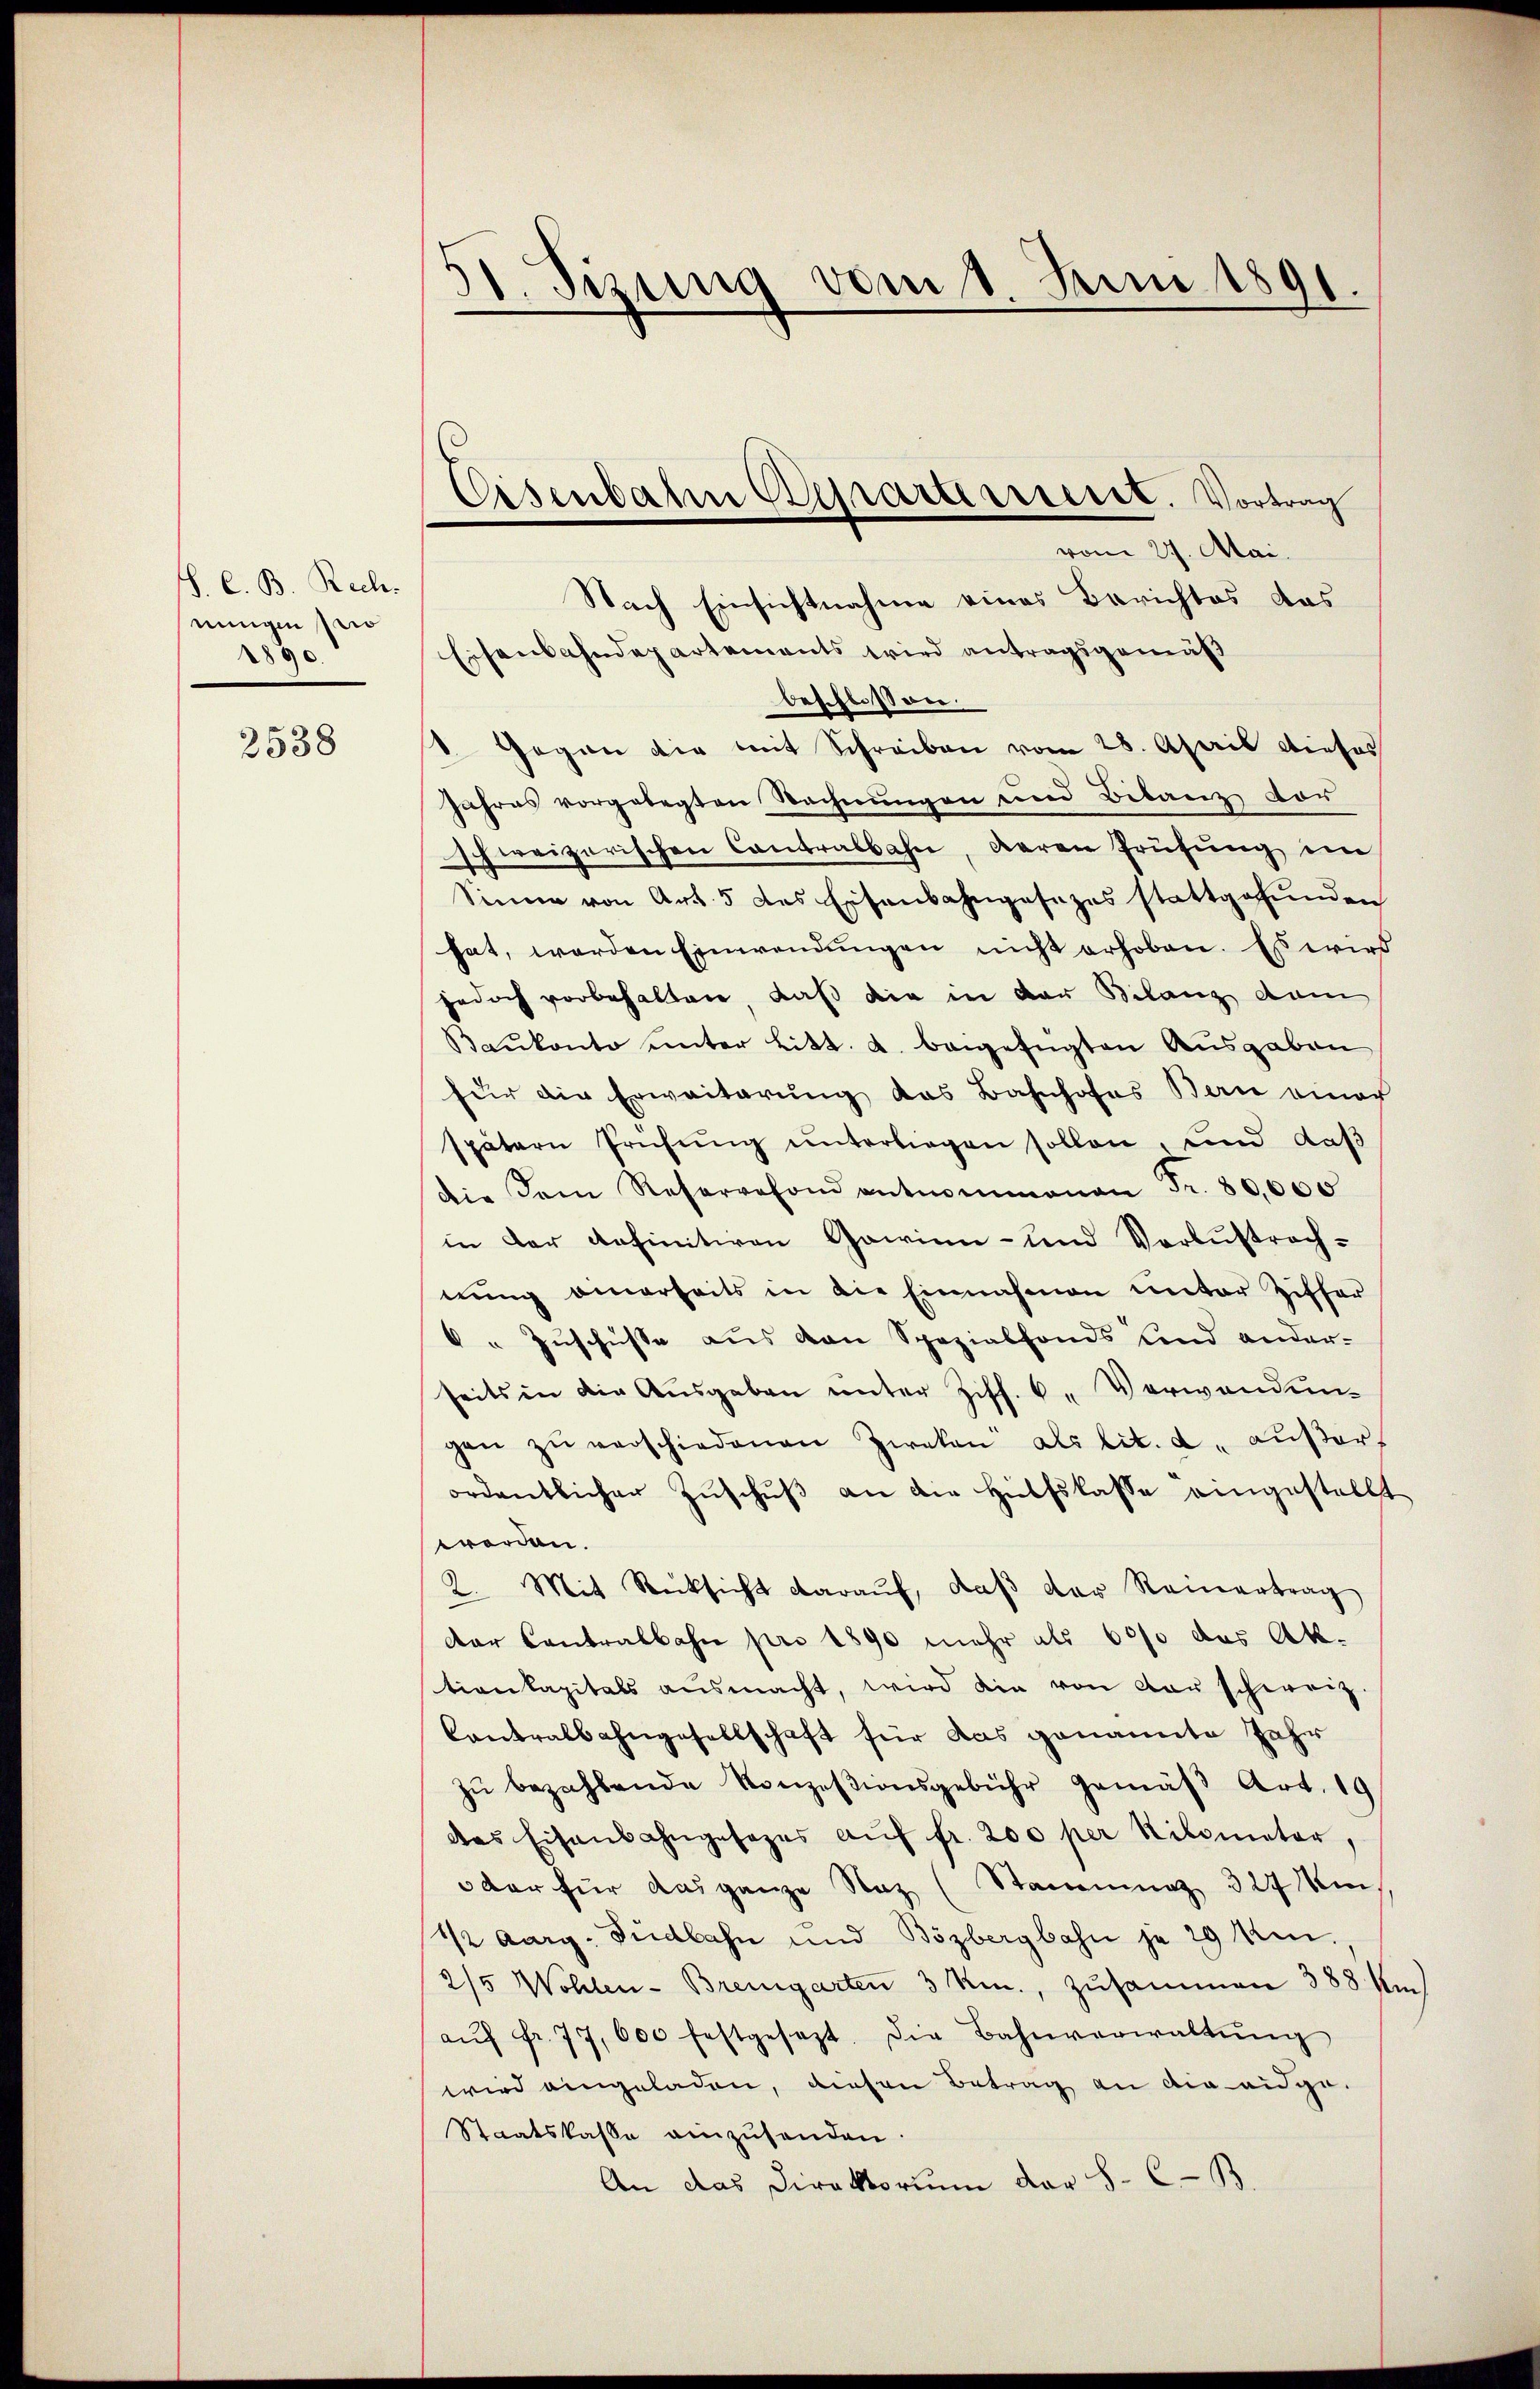
H. C. B. Rech
eingen prio
890.

2538

1. Sizung vom 1. Juni 1891.

Eisenbahn Pressarterrieret. Vortrag
vom 27. Mai.

Nach Einsichtnahme eines Berichtes das
Eisenbahndepartements wird antragsgemäß
beschlossen.
1. Gegen dir mit Schreiben vom 28. April dieses
Jahres vorgelegten Rechnŭngen und Bilanz vor
schweizerischen Contralbahn, deren Prüfung im
Sinne von Art. 5 des Eisenbahngesezes stattgefunden
hat, werden Einwendungen nicht erhoben. Es wird
jedoch vorbehalten, daß die in der Bilanz dam
Baŭkonto unter Litt. a. beigefügten Ausgaben
für die Erweiterung das Bahnhofes Bern einer
spätern Prüfŭng ŭnterliegen sollen, und daß
die dem Reservefond entnommenen Fr. 80,000
in der definitiven Gawinn- und Verlustrachnung einerseits in die Einnahmen unter Ziffer
6. Zuschüsse aus den Spezialfonds und ander-
seits in die Ausgaben unter Ziff. 6. Verwandungen zŭ verschiedenen Zweken als lit. a. aŭβer
ordentlicher Zuschuß an die Hilfskasse eingestellt
worden.
2. Mit Rücksicht daraŭf, daβ der Reinertrag
dar Contralbahn pro 1890 mehr als 6000 das Aktionkapitals ausmacht, wird die von der schweiz.
Contralbahngesellschaft für das genannte Jahr
zŭ bezahlende Konzesionsgebühr gemäβ Art. 19
des Eisenbahngesezes aŭf fr. 200 per Kilometer,
3 der für das ganze Naz (Stammung 327 in
½ aarg. Südbahn und Bözbergbahn je 29 Um.
2/5 Wohlen-Bremgarten 3 Kr., zusammen 388 km
aŭf fr. 77,600 festgesezt. Die Bahnverwaltŭng
wird eingeladen, diesen Betrag an die eidge-
Staatskasse einzŭsenden.
An das Direktorium der H. C-B